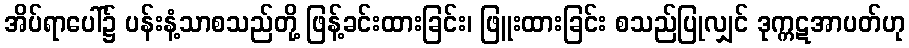
အိပ်ရာပေါ်၌ ပန်းနံ့သာစသည်တို့ ဖြန့်ခင်းထားခြင်း၊ ဖြူးထားခြင်း စသည်ပြုလျှင် ဒုက္ကဋအာပတ်ဟု